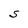
Character: S